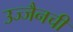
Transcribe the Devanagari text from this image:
उज्जैनची